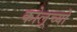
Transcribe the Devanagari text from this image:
कोलूच्यो